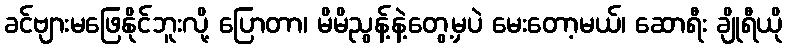
ခင်ဗျားမဖြေနိုင်ဘူးလို့ ပြောတာ၊ မိမိညွန့်နဲ့တွေ့မှပဲ မေးတော့မယ်၊ ဆောရီး ချိုရီယို